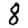
Digit: 8